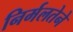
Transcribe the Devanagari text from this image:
निर्मलतेने